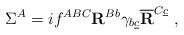
\begin{align*}\Sigma^A = i f^{ABC}{\bf R}^{Bb}\gamma_{b\underline c}\overline {\bf R}^{C\underline c}\ ,\end{align*}